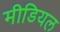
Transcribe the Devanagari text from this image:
मीडियल